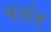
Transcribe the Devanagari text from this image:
गर्शन